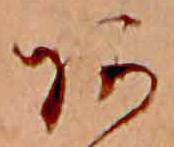
あ